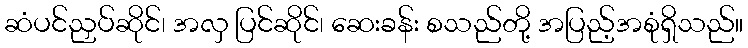
ဆံပင်ညှပ်ဆိုင်၊ အလှ ပြင်ဆိုင်၊ ဆေးခန်း စသည်တို့ အပြည့်အစုံရှိသည်။